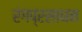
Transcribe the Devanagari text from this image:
रंगप्रसाधन